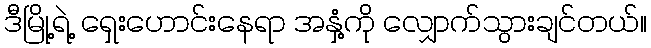
ဒီမြို့ရဲ့ ရှေးဟောင်းနေရာ အနှံ့ကို လျှောက်သွားချင်တယ်။